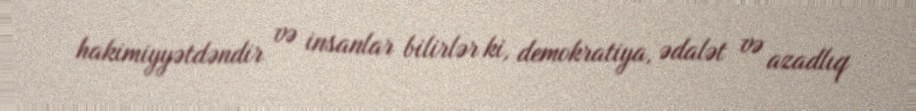
hakimiyyətdəndir və insanlar bilirlər ki, demokratiya, ədalət və azadlıq